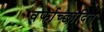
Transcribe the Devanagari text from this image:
वर्फाच्‍छादित